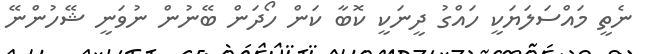
ނެތީ މައްސަލަޔަކީ ހައްގު ދީނަކީ ކޮބާ ކަން ހޯދަން ބޭނުން ނުވަނީ ޝޭހުންނޭ